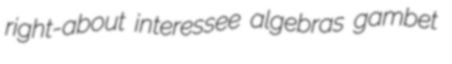
right-about interessee algebras gambet